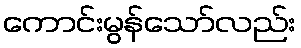
ကောင်းမွန်သော်လည်း